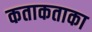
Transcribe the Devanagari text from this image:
कताकताका